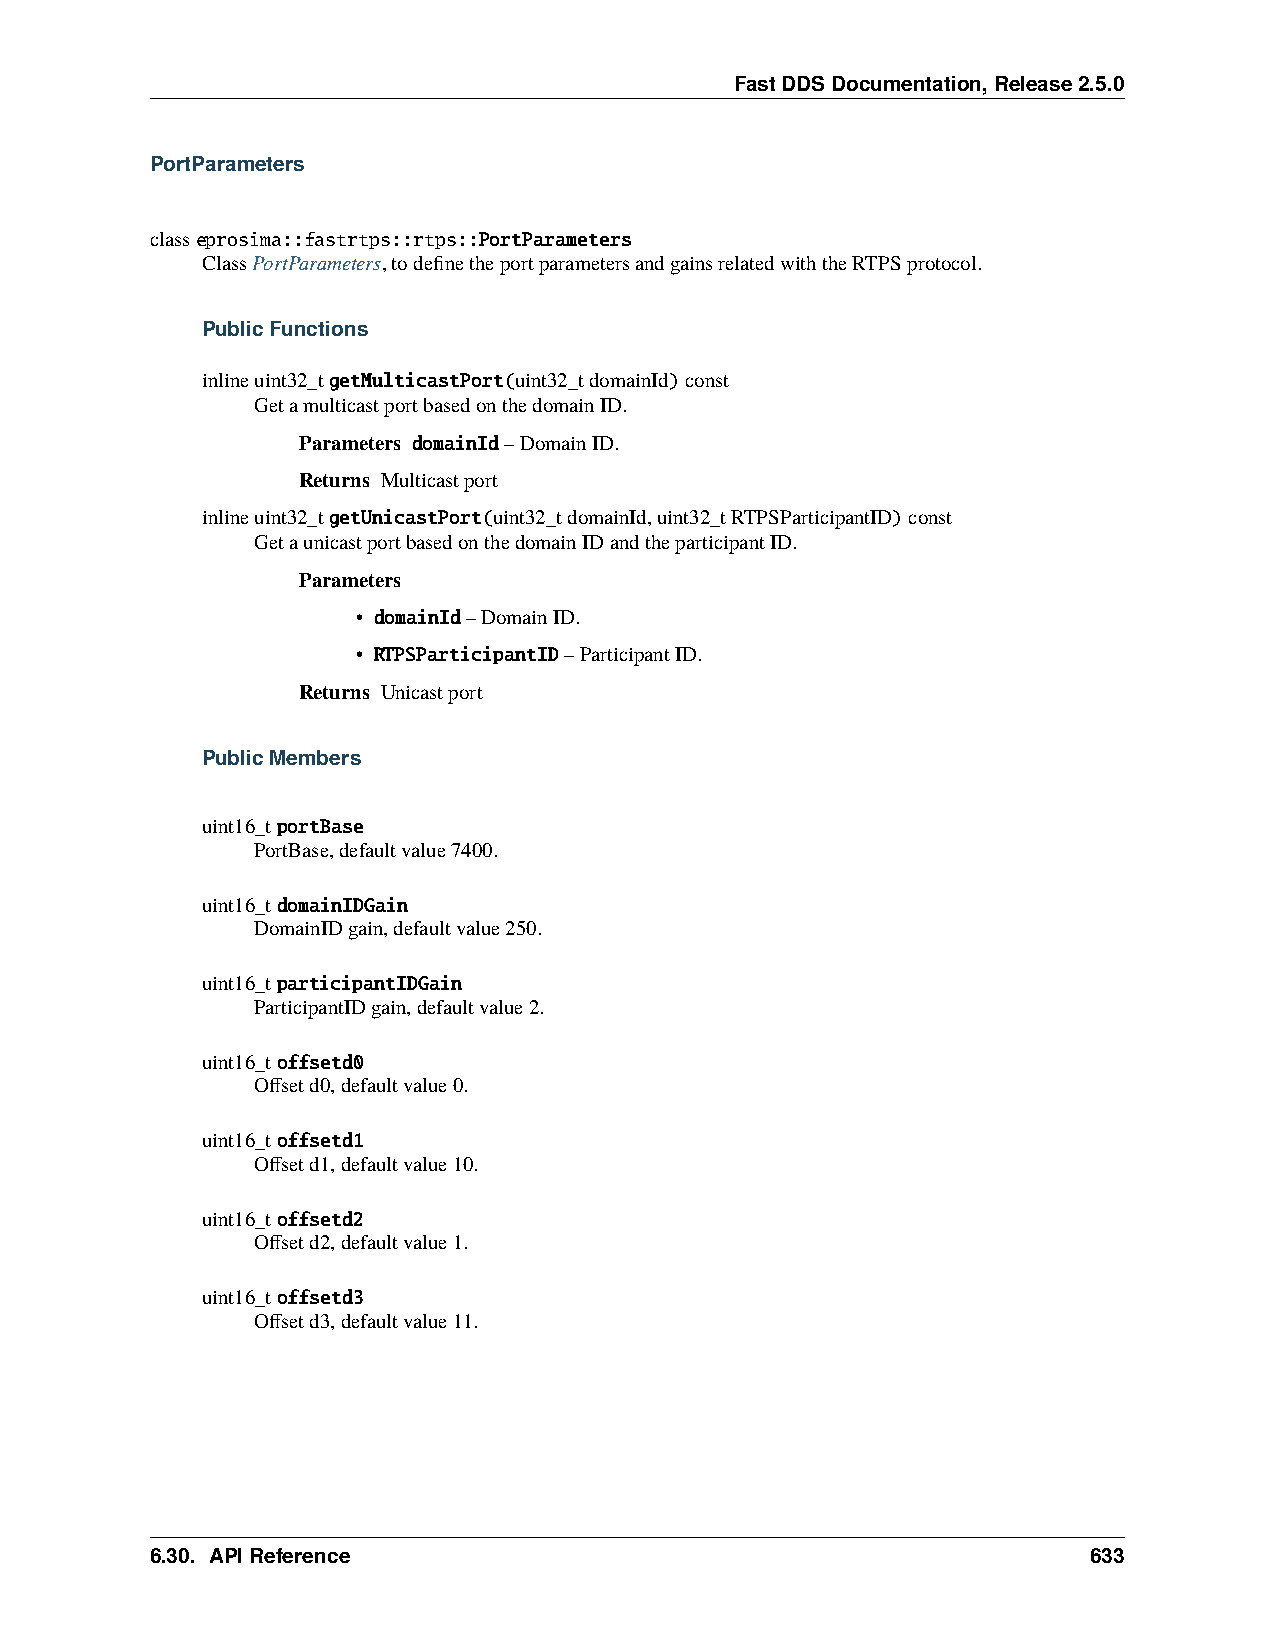
FastDDSDocumentation,Release2.5.0
 PortParameters
 classeprosima::fastrtps::rtps::PortParameters
 ClassPortParameters,todefinetheportparametersandgainsrelatedwiththeRTPSprotocol.
 PublicFunctions
 inlineuint32_tgetMulticastPort(uint32_tdomainId)const
 GetamulticastportbasedonthedomainID.
 Parameters domainId–DomainID.
 Returns Multicastport
 inlineuint32_tgetUnicastPort(uint32_tdomainId,uint32_tRTPSParticipantID)const
 GetaunicastportbasedonthedomainIDandtheparticipantID.
 Parameters
 • domainId–DomainID.
 • RTPSParticipantID–ParticipantID.
 Returns Unicastport
 PublicMembers
 uint16_tportBase
 PortBase,defaultvalue7400.
 uint16_tdomainIDGain
 DomainIDgain,defaultvalue250.
 uint16_tparticipantIDGain
 ParticipantIDgain,defaultvalue2.
 uint16_toffsetd0
 Offsetd0,defaultvalue0.
 uint16_toffsetd1
 Offsetd1,defaultvalue10.
 uint16_toffsetd2
 Offsetd2,defaultvalue1.
 uint16_toffsetd3
 Offsetd3,defaultvalue11.
 6.30. APIReference                                            633